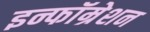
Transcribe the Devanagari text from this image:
इन्फॉम्रेशन